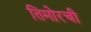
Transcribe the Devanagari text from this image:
तिमोरची